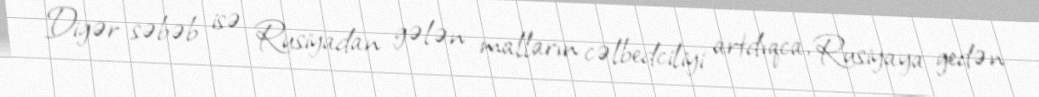
Digər səbəb isə Rusiyadan gələn malların cəlbedciliyi artdıqca, Rusiyaya gedən